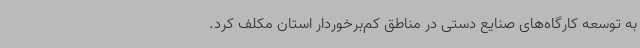
به توسعه کارگاه‌های صنایع دستی در مناطق کم‌برخوردار استان مکلف کرد.